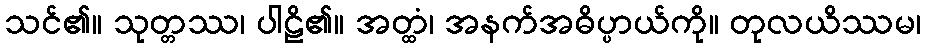
သင်၏။ သုတ္တဿ၊ ပါဠိ၏။ အတ္ထံ၊ အနက်အဓိပ္ပာယ်ကို။ တုလယိဿမ၊